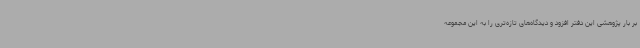
بر بار پژوهشی این دفتر افزود و دیدگاه‌های تازه‌تری را به این مجموعه